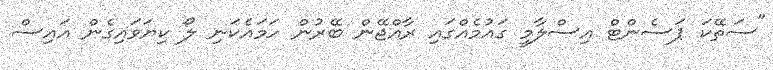
"ސަތޭކަ ޕަސެންޓް އިސްލާމީ ގައުމެއްގައި ރާއްޖޭން ބޭރުން ހަމައެކަނި ލޯ ކިޔަވައިގެން އައިސް